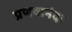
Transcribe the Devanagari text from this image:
प्रणवानंदः